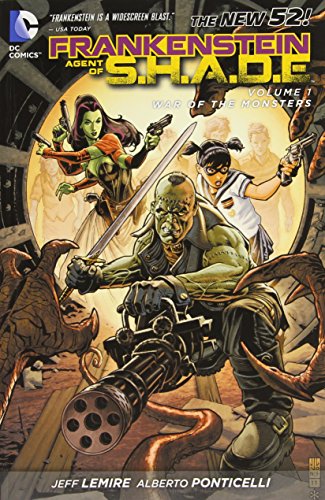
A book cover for Frankenstein, Agent of S.H.A.D.E. Vol. 1: War of the Monsters (The New 52); Jeff Lemire; Comics & Graphic Novels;